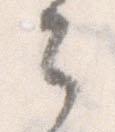
々